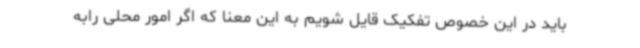
باید در این خصوص تفکیک قایل شویم به این معنا که اگر امور محلی رابه